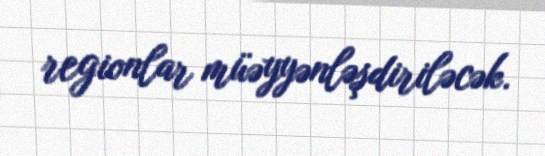
regionlar müəyyənləşdiriləcək.